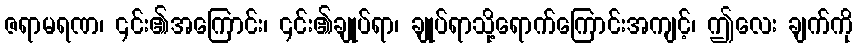
ဇရာမရဏ၊ ၎င်း၏အကြောင်း၊ ၎င်း၏ချုပ်ရာ၊ ချုပ်ရာသို့ရောက်ကြောင်းအကျင့်၊ ဤလေး ချက်ကို